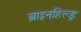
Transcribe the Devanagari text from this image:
ब्राइनहिल्ड्र